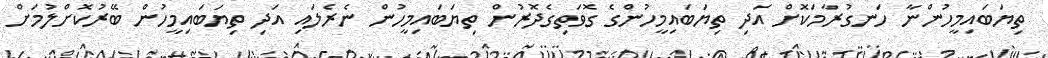
ތިޔަބައިމީހުންނާ ހަނގުރާމަކޮށް އަދި ތިޔަބައިމީހުންގެ ގޮވަތިގެދޮރުން ތިޔަބައިމީހުން ނެރެލައި އަދި ތިޔަބައިމީހުން ބޭރުކޮށްލުމަށް